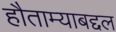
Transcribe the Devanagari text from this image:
हौताम्याबद्दल